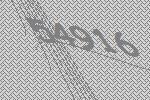
54916